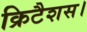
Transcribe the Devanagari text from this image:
क्रिटैशस।